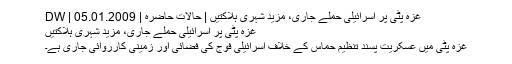
غزہ پٹی پر اسرائیلی حملے جاری، مزید شہری ہلاکتیں | حالات حاضرہ | DW | 05.01.2009
غزہ پٹی پر اسرائیلی حملے جاری، مزید شہری ہلاکتیں
غزہ پٹی میں عسکریت پسند تنظیم حماس کے خلاف اسرائیلی فوج کی فضائی اور زمینی کارروائی جاری ہے۔